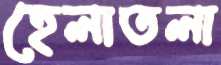
হেলাতলা